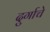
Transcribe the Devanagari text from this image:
दुर्गाचे